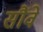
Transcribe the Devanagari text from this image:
सौंवे